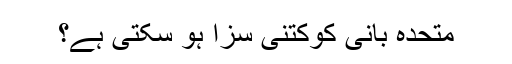
متحدہ بانی کوکتنی سزا ہو سکتی ہے؟